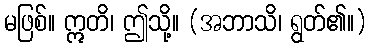
မဖြစ်။ ဣတိ၊ ဤသို့။ (အဘာသိ၊ ရွတ်၏။)